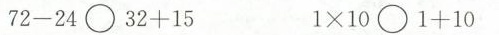
$$7 2 - 2 4 \bigcirc 3 2 + 1 5$$ $$1 \times 1 0 \bigcirc 1 + 1 0$$